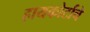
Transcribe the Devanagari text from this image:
हायकोर्टाचे